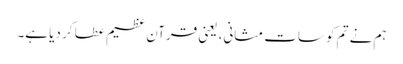
ہم نے تم کو سات مثانی، یعنی قرآن عظیم عطا کر دیا ہے۔